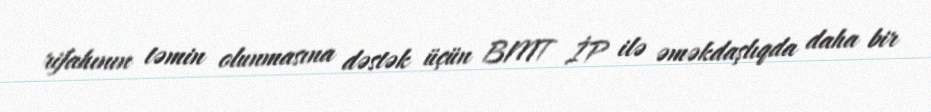
rifahının təmin olunmasına dəstək üçün BMT İP ilə əməkdaşlıqda daha bir